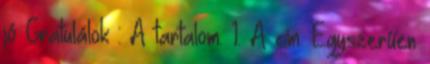
jó Gratulálok : A tartalom. 1. A cím. Egyszerűen